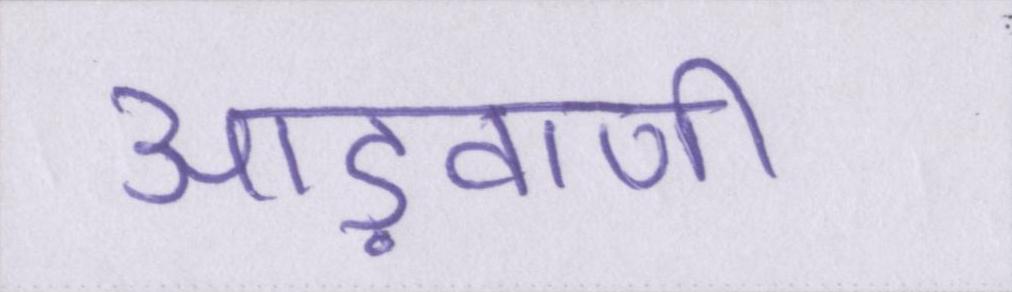
आड़वाणी